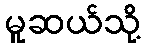
မူဆယ်သို့